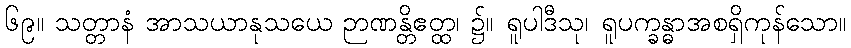
၆၉။ သတ္တာနံ အာသယာနုသယေ ဉာဏန္တိဧတ္ထ၊ ၌။ ရူပါဒီသု၊ ရူပက္ခန္ဓာအစရှိကုန်သော။